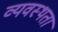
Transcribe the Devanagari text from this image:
व्यवस्थता